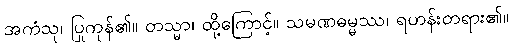
အကံသု၊ ပြုကုန်၏။ တသ္မာ၊ ထို့ကြောင့်။ သမဏဓမ္မဿ၊ ရဟန်းတရား၏။